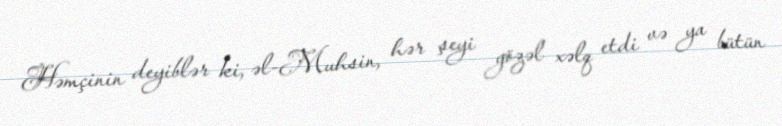
Həmçinin deyiblər ki, əl-Muhsin, hər şeyi gözəl xəlq etdi və ya bütün